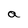
Character: a